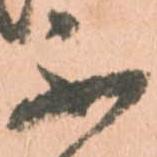
不